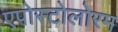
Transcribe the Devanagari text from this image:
एपोस्टोलोरम